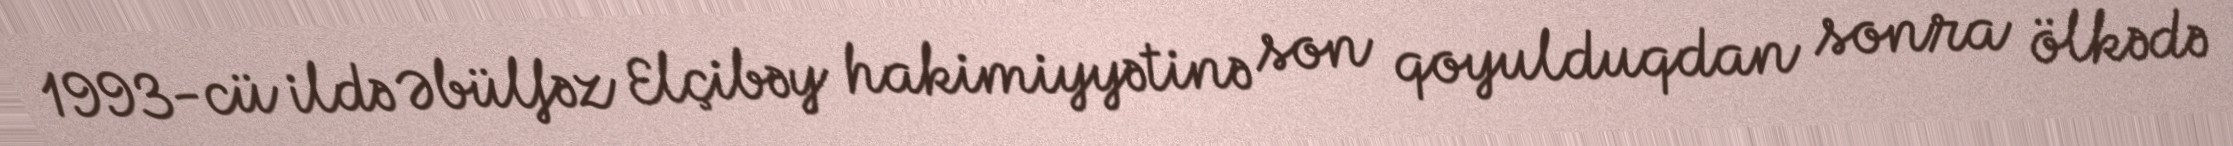
1993-cü ildə Əbülfəz Elçibəy hakimiyyətinə son qoyulduqdan sonra ölkədə